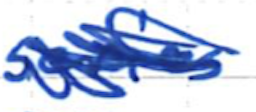
Text: series
Cross-out: scratch
Writing tool: ballpoint